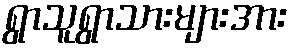
ရွာသူရွာသားများအား